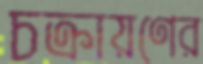
চক্রায়ণের